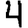
Digit: 4